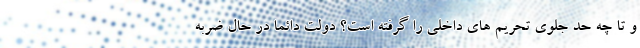
و تا چه حد جلوی تحریم های داخلی را گرفته است؟ دولت دائما در حال ضربه